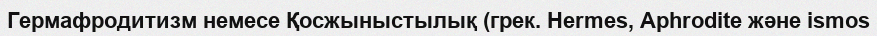
Гермафродитизм немесе Қосжыныстылық (грек. Hermes, Aphrodite және ismos